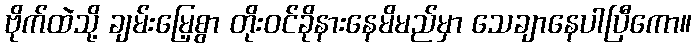
ဗိုက်ထဲသို့ ချမ်းမြေ့စွာ တိုးဝင်ခိုနားနေမိမည်မှာ သေချာနေပါပြီကော။